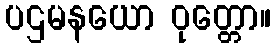
ပဌမနယော ဝုတ္တော။